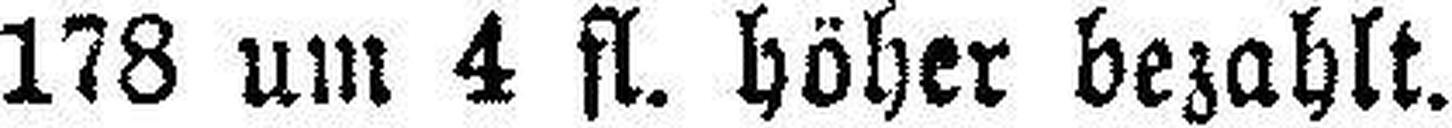
178 um 4 fl., höher bezahlt.